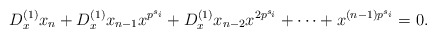
\begin{align*}D_x^{(1)}x_n+D_x^{(1)}x_{n-1}x^{p^{s_i}}+D_x^{(1)}x_{n-2}x^{2p^{s_i}}+\cdots+x^{(n-1)p^{s_i}}=0.\end{align*}